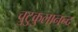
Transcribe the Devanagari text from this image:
चुटुकुलानन्द